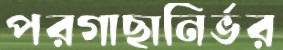
পরগাছানির্ভর